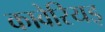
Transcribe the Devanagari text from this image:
कावेरियइ